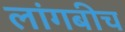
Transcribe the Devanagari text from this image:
लांगबीच